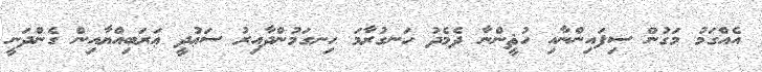
އެއްގަމު މަގުން ސިފައިންނާއި ހުޘީންނާ ދެމެދު ހަނގުރާމަ ހިނގަމުންދާއިރު ސަޢުދީ ޢަރަބިއްޔާއިން ގެންދަނީ